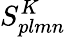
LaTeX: S_{plmn}^{K}